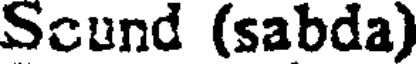
Scund (sabda)